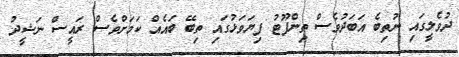
ދުވެލީގައި ނުތިބެ އަބަދުވެސް ތިންފޫޓު ފިޔަވަޅުގައި ތިބޭ ބައެއް ކަމަށްވެސް ރައީސް ނަޝީދު